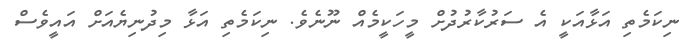
ނިކަމެތި އަޅާއަކީ އެ ސަރުކާރުދުށް މީހަކީމެއް ނޫނެވެ. ނިކަމެތި އަޅާ މިދުނިޔެއަށް އައީވެސް